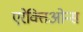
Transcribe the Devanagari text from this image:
एरेक्तिओन्स